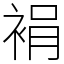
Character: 裐